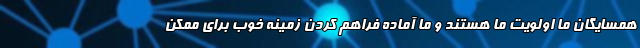
همسایگان ما اولویت ما هستند و ما آماده فراهم کردن زمینه خوب برای ممکن